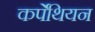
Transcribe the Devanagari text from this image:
कर्पेथियन